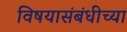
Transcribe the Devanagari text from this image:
विषयासंबंधीच्या